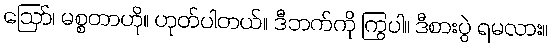
ဪ၊ မစ္စတာဟို။ ဟုတ်ပါတယ်။ ဒီဘက်ကို ကြွပါ။ ဒီစားပွဲ ရမလား။